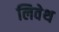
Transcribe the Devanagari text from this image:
लिवेथ